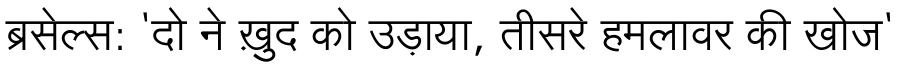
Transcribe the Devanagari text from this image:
ब्रसेल्स: 'दो ने ख़ुद को उड़ाया, तीसरे हमलावर की खोज'